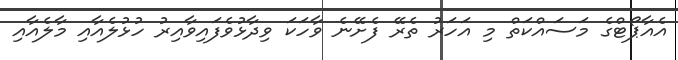
އެއާޕޯޓްގެ މަސައްކަތް މި އަހަރު ތެރޭ ފެށޭނެ ވާހަކަ ވިދާޅުވެފައިވާއިރު ހުޅުލެއާއި މާލެއާއި